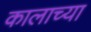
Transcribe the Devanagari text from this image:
कालाच्या